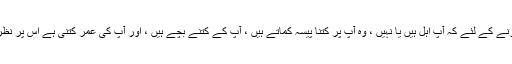
یہ فیصلہ کرنے کے لئے کہ آپ اہل ہیں یا نہیں ، وہ آپ پر کتنا پیسہ کماتے ہیں ، آپ کے کتنے بچے ہیں ، اور آپ کی عمر کتنی ہے اس پر نظر ڈالتے ہیں۔